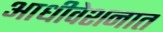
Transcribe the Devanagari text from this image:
आधीवेशनात